Civil Veterinary Dept. Assam report 1927-50 - 1927-1950
Year: 1927
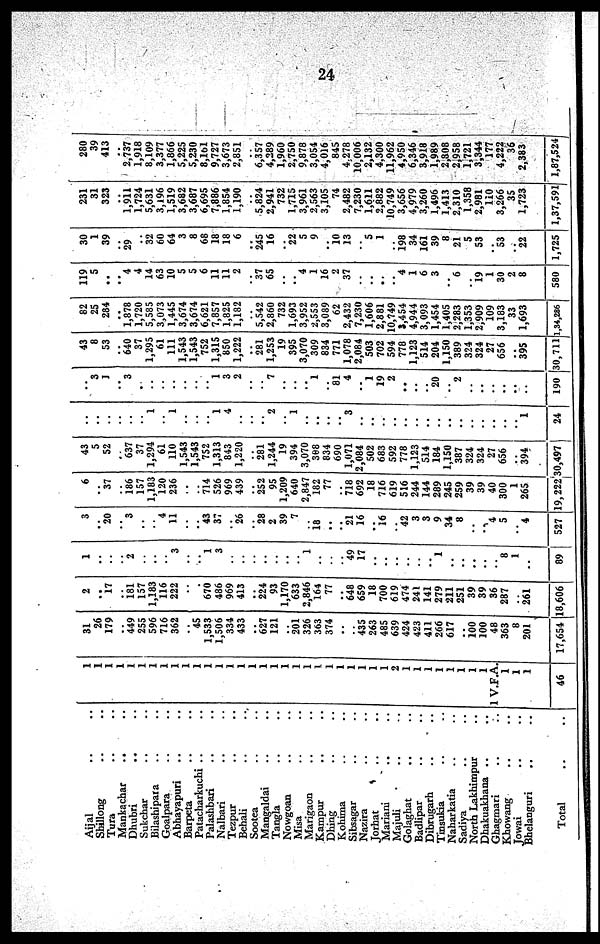
24
Aijal .. ..
Shillong .. ..
Tura .. ..
Mankachar .. ..
Dhubri
..
..
Sukchar .. ..
Bilashipara .. ..
Goalpara .. ..
Abhayapuri .. ..
Barpeta .. ..
Patacharkuchi .. ..
Palashbari .. ..
Nalbari .. ..
Tezpur .. ..
Behali .. ..
Sootea .. ..
Mangaldai .. ..
Tangla .. ..
Nowgoan .. ..
Misa .. ..
Marigaon .. ..
Kampur .. ..
Dhing .. ..
Kohima .. ..
Sibsagar .. ..
Nazira .. ..
Jorhat .. ..
Mariani
..
..
Majuli .. ..
Golaghat .. ..
Badlipar .. ..
Dibrugarh .. ..
Tinsukia .. ..
Naharkatia .. ..
Sadiya .. ..
North Lakhimpur ..
Dhakuakhana .. ..
Ghagmari
..
..
Khowang .. ..
Jowai .. ..
Bhelaoguri .. ..
Total .. ..
1
1
1
1
1
1
1
1
1
1
1
1
1
1
1
1
1
1
1
1
1
1
1
1
1
1
1
1
2
1
1
1
1
I
1
1
1
1 V.F.A.
1
1
1
46
31
26
179
..
449
255
596
716
362
..
45
1,533
1,506
334
433
..
627
121
»,
201
326
363
374
..
..
435
263
485
639
424
423
411
266
617
..
100
100
48
363
8
201
17,654
2
..
17
..
181
157
1,183
116
222
..
..
670
486
969
413
..
224
93
1,170
633
2,846
164
77
..
648
659
18
700
619
474
241
141
279
211
251
39
39
36
287
..
261
18,606
1
..
..
..
2
..
..
..
3
..
..
1
3
..
..
..
..
..
..
..
1
..
..
..
49
17
..
..
..
..
..
..
1
..
..
..
..
..
8
1
..
89
3
..
20
..
3
..
..
4
11
..
..
43
37
..
26
..
28
2
39
7
..
18
..
..
21
16
..
16
..
42
3
3
9
34
8
..
..
4
5
..
4
527
6
..
37
..
186
157
1,183
120
236
..
..
714
526
969
439
..
252
95
1,209
640
2,847
182
77
..
718
692
18
716
619
516
244
144
289
245
259
39
39
40
300
1
265
19,222
43
5
52
..
637
37
1,294
61
110
1,543
1,543
752
1,313
843
1,220
..
281
1,244
19
394
3,070
308
834
690
1,071
2,084
502
683
592
778
1,123
514
184
1,150
387
324
324
27
656 |
..
394
30,497
..
..
..
..
..
..
1
..
1
..
..
..
1
4
..
..
..
2
..
1
..
..
..
..
3
..
..
..
..
..
..
..
..
..
..
..
..
..
..
..
1
24
..
3
1
..
3
..
..
..
..
..
..
1
3
2
..
..
7
..
..
..
1
..
81
4
..
1
19
2
..
..
..
20
..
2
..
..
..
..
..
190
43
8
53
..
640
37
1,295
61
111
1,543
1,543
752
1,315
850
1,222
..
281
1,253
19
395
3,070
309
834
771
1,078
2,084
503
702
594
778
1,123
514
204
1,150
389
324
324
27
656
..
395
30,711
82
25
284
..
1,878
1,720
5,585
3,073
1,445
3,674
3,674
6,621
7,857
1,825
1,182
..
5,542
2,860
732
1,693
3,952
2,553
3,089
62
2,432
7,230
1,606
2,881
10,749
3,454
4,944
3,093
1,454
1,405
2,283
1,353
2,909
109
3,183
33
1,693
1,34,286
119
5
..
..
4
4
14
63
10
5
5
6
11
11
2
..
37
65
..
..
4
1
16
2
37
..
..
..
..
4
1
6
3
..
6
19
1
30
2
8
580
30
1
39
..
29
..
32
60
64
3
8
68
18
18
6
..
245
16
22
5
9
..
10
13
..
5
1
..
198
34
161
39
8
21
5
53
..
53
22
1,725
231
31
323
..
1,911
1,724
5,631
3,196
1,519
3,682
3,687
6,695
7,886
1,854
1,190
..
5,824
2,941
732
1,715
3,961
2,563
3,105
74
2,482
7,230
1,611
2,882
10,749
3,656
4,979
3,260
1,496
1,413
2,310
1,358
2,981
110
3,266
35
1,723
1,37,591
280
39
413
..
2,737
1,918
8,109
3,377
1,866
5,225
5,230
8,161
9,727
3,673
2,851
..
6,357
4,289
1,960
2,750
9,878
3,054
4,016
845
4.278
10,006
2,132
4,300
11,962
4,950
6,346
3,918
1,989
2,808
2,958
1,721
3,344
177
4,222
36
2,383
1,87,524